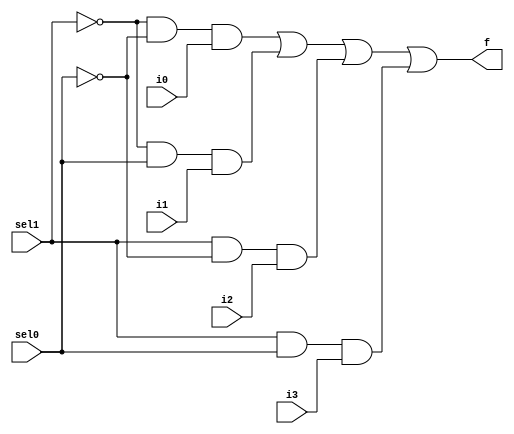
module mux4to1(sel1, sel0, i0, i1, i2, i3 , f);
  input sel1, sel0, i0, i1, i2, i3;
  output f;
  wire w1, w2, w3, w4, nsel1, nsel0;

  not(nsel1, sel1);
  not(nsel0, sel0);
  and(w1, nsel1, nsel0, i0);
  and(w2, nsel1, sel0, i1);
  and(w3, sel1, nsel0, i2);
  and(w4, sel1, sel0, i3);
  or(f, w1, w2, w3, w4);
  
endmodule

module mux4to1_8bit(sel1, sel0, i0, i1, i2, i3 , f);
  input sel1, sel0;
  input [7:0]i3, i2, i1, i0;
  output [7:0]f;

  mux4to1 mux1(.sel1(sel1), .sel0(sel0), .i0(i0[0]), .i1(i1[0]), .i2(i2[0]), .i3(i3[0]), .f(f[0]));
  mux4to1 mux2(.sel1(sel1), .sel0(sel0), .i0(i0[1]), .i1(i1[1]), .i2(i2[1]), .i3(i3[1]), .f(f[1]));
  mux4to1 mux3(.sel1(sel1), .sel0(sel0), .i0(i0[2]), .i1(i1[2]), .i2(i2[2]), .i3(i3[2]), .f(f[2]));
  mux4to1 mux4(.sel1(sel1), .sel0(sel0), .i0(i0[3]), .i1(i1[3]), .i2(i2[3]), .i3(i3[3]), .f(f[3]));
  mux4to1 mux5(.sel1(sel1), .sel0(sel0), .i0(i0[4]), .i1(i1[4]), .i2(i2[4]), .i3(i3[4]), .f(f[4]));
  mux4to1 mux6(.sel1(sel1), .sel0(sel0), .i0(i0[5]), .i1(i1[5]), .i2(i2[5]), .i3(i3[5]), .f(f[5]));
  mux4to1 mux7(.sel1(sel1), .sel0(sel0), .i0(i0[6]), .i1(i1[6]), .i2(i2[6]), .i3(i3[6]), .f(f[6]));
  mux4to1 mux8(.sel1(sel1), .sel0(sel0), .i0(i0[7]), .i1(i1[7]), .i2(i2[7]), .i3(i3[7]), .f(f[7]));
endmodule

module logic_Unit_8bit(x, y, sel1, sel0, f);
  input [7:0]x, y;
  input sel0, sel1;
  output [7:0]f;
  wire [7:0]x_Or_y, x_And_y, x_Xor_y, x_Not;

  or(x_Or_y[0], x[0], y[0]);
  or(x_Or_y[1], x[1], y[1]);
  or(x_Or_y[2], x[2], y[2]);
  or(x_Or_y[3], x[3], y[3]);
  or(x_Or_y[4], x[4], y[4]);
  or(x_Or_y[5], x[5], y[5]);
  or(x_Or_y[6], x[6], y[6]);
  or(x_Or_y[7], x[7], y[7]);

  and(x_And_y[0], x[0], y[0]);
  and(x_And_y[1], x[1], y[1]);
  and(x_And_y[2], x[2], y[2]);
  and(x_And_y[3], x[3], y[3]);
  and(x_And_y[4], x[4], y[4]);
  and(x_And_y[5], x[5], y[5]);
  and(x_And_y[6], x[6], y[6]);
  and(x_And_y[7], x[7], y[7]);

  xor(x_Xor_y[0], x[0], y[0]);
  xor(x_Xor_y[1], x[1], y[1]);
  xor(x_Xor_y[2], x[2], y[2]);
  xor(x_Xor_y[3], x[3], y[3]);
  xor(x_Xor_y[4], x[4], y[4]);
  xor(x_Xor_y[5], x[5], y[5]);
  xor(x_Xor_y[6], x[6], y[6]);
  xor(x_Xor_y[7], x[7], y[7]);

  not(x_Not[0], x[0]);
  not(x_Not[1], x[1]);
  not(x_Not[2], x[2]);
  not(x_Not[3], x[3]);
  not(x_Not[4], x[4]);
  not(x_Not[5], x[5]);
  not(x_Not[6], x[6]);
  not(x_Not[7], x[7]);

  mux4to1_8bit m1(.sel1(sel1), .sel0(sel0), .i0(x_Or_y), .i1(x_And_y), .i2(x_Xor_y), .i3(x_Not), .f(f));
endmodule

module test_bench_logic_Unit_8bit;
  reg [7:0]x_t, y_t;
  reg s1, s0;
  wire [7:0]f_t;

  logic_Unit_8bit lu(.x(x_t), .y(y_t), .sel1(s1), .sel0(s0), .f(f_t));
  initial begin
    $monitor("x=%b, y=%b, sel1=%b, sel0=%b => f=%b", x_t, y_t, s1, s0, f_t);
    x_t=8'b01101100; y_t=8'b00010111; s1=1'b0; s0=1'b0;
    #10
    x_t=8'b01101100; y_t=8'b00010111; s1=1'b0; s0=1'b1;
    #10
    x_t=8'b01101100; y_t=8'b00010111; s1=1'b1; s0=1'b0;
    #10
    x_t=8'b01101100; y_t=8'b00010111; s1=1'b1; s0=1'b1; 
  end
endmodule